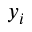
y _ { i }